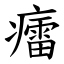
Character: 癗